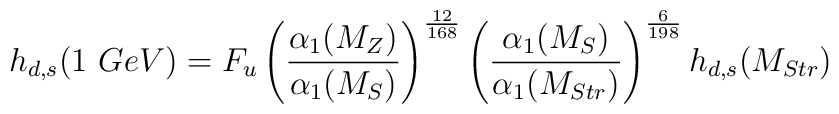
h_{d,s}(1\ GeV)= F_u\left(\frac{\alpha_1(M_Z)}{\alpha_1(M_{S})}\right)^{\frac{12}{168}}\left(\frac{\alpha_1(M_{S})}{\alpha_1(M_{Str})}\right)^{\frac{6}{198}}h_{d,s}(M_{Str})